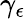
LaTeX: \gamma_{\epsilon}